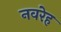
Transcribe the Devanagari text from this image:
नवरेह